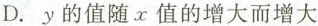
D. y的值随x值的增大而增大